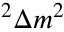
^ 2 \Delta m ^ { 2 }